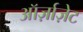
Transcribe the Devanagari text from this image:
ऑर्ज़ाज़ेट